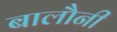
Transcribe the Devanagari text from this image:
बालौनी